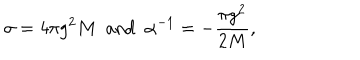
\sigma = 4 \pi g ^ { 2 } M ~ ~ \mathrm { a n d } ~ ~ \alpha ^ { - 1 } = - \frac { \pi g ^ { 2 } } { 2 M } ,